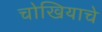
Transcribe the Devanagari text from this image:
चोखियाचे